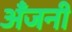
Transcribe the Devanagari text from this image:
अँजनी